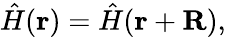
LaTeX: \hat{H}(\mathbf{r})=\hat{H}(\mathbf{r}+\mathbf{R}),